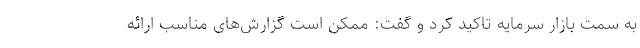
به سمت بازار سرمایه تاکید کرد و گفت: ممکن است گزارش‌های مناسب ارائه